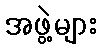
အဖွဲ့များ